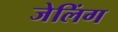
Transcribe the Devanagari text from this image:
जेलिंग